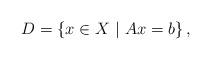
LaTeX: \begin{align*} D = \left\{x \in X \ | \ A x=b \right\},\end{align*}